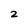
Character: 2